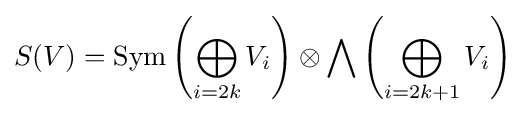
S(V)=\operatorname {Sym} \left(\bigoplus _{i=2k}V_{i}\right)\otimes \bigwedge \left(\bigoplus _{i=2k+1}V_{i}\right)